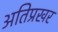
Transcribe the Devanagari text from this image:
अतिप्रखर